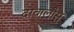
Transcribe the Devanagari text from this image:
दावालौस